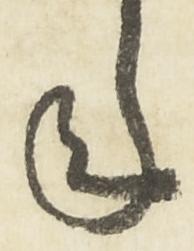
年